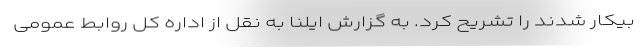
بیکار شدند را تشریح کرد. به گزارش ایلنا به نقل از اداره کل روابط عمومی